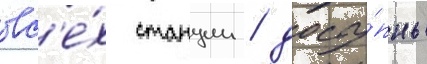
вс'е́х станции / досту́пны